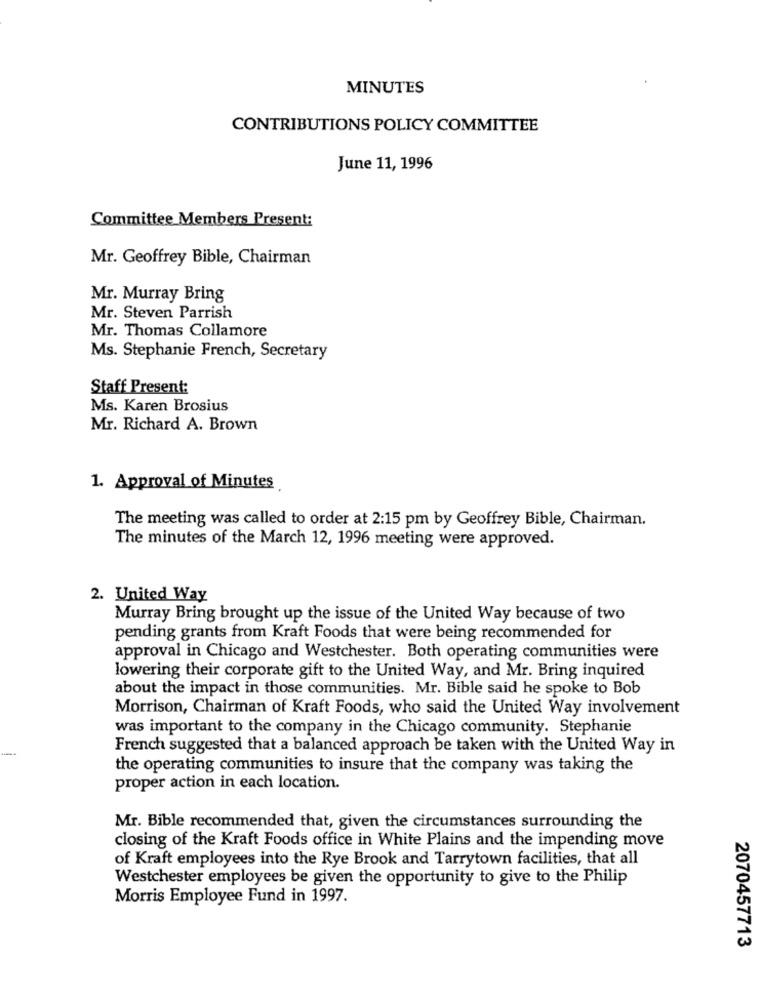
MINUTES
CONTRIBUTIONS POLICY COMMITTEE
June 11, 1996
Committee Members Present:
Mr. Geoffrey Bible, Chairman
Mr. Murray Bring
Mr. Steven Parrish
Mr. Thomas Collamore
Ms. Stephanie French, Secretary
Staff Present:
Ms. Karen Brosius
Mr. Richard A. Brown
1. Approval of Minutes
The meeting was called to order at 2:15 pm by Geoffrey Bible, Chairman.
The minutes of the March 12, 1996 meeting were approved.
2. United Way
Murray Bring brought up the issue of the United Way because of two
pending grants from Kraft Foods that were being recommended for
approval in Chicago and Westchester. Both operating communities were
lowering their corporate gift to the United Way, and Mr. Bring inquired
about the impact in those communities. Mr. Bible said he spoke to Bob
Morrison, Chairman of Kraft Foods, who said the United Way involvement
was important to the company in the Chicago community. Stephanie
French suggested that a balanced approach be taken with the United Way in
the operating communities to insure that the company was taking the
proper action in each location.
Mr. Bible recommended that, given the circumstances surrounding the
closing of the Kraft Foods office in White Plains and the impending move
of Kraft employees into the Rye Brook and Tarrytown facilities, that all
Westchester employees be given the opportunity to give to the Philip
Morris Employee Fund in 1997.
2070457713